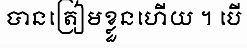
បានត្រៀមខ្លួនហើយ ។ បើ